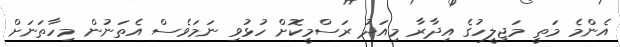
އެންމެ މަތީ މަޖިލީހުގެ އިދާރާ މިއަދު ރަސްމީކޮށް ހުޅުވި ނަމަވެސް އެތަނުން މިހާތަނަށް